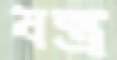
যন্ত্র